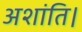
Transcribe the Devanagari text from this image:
अशांति।